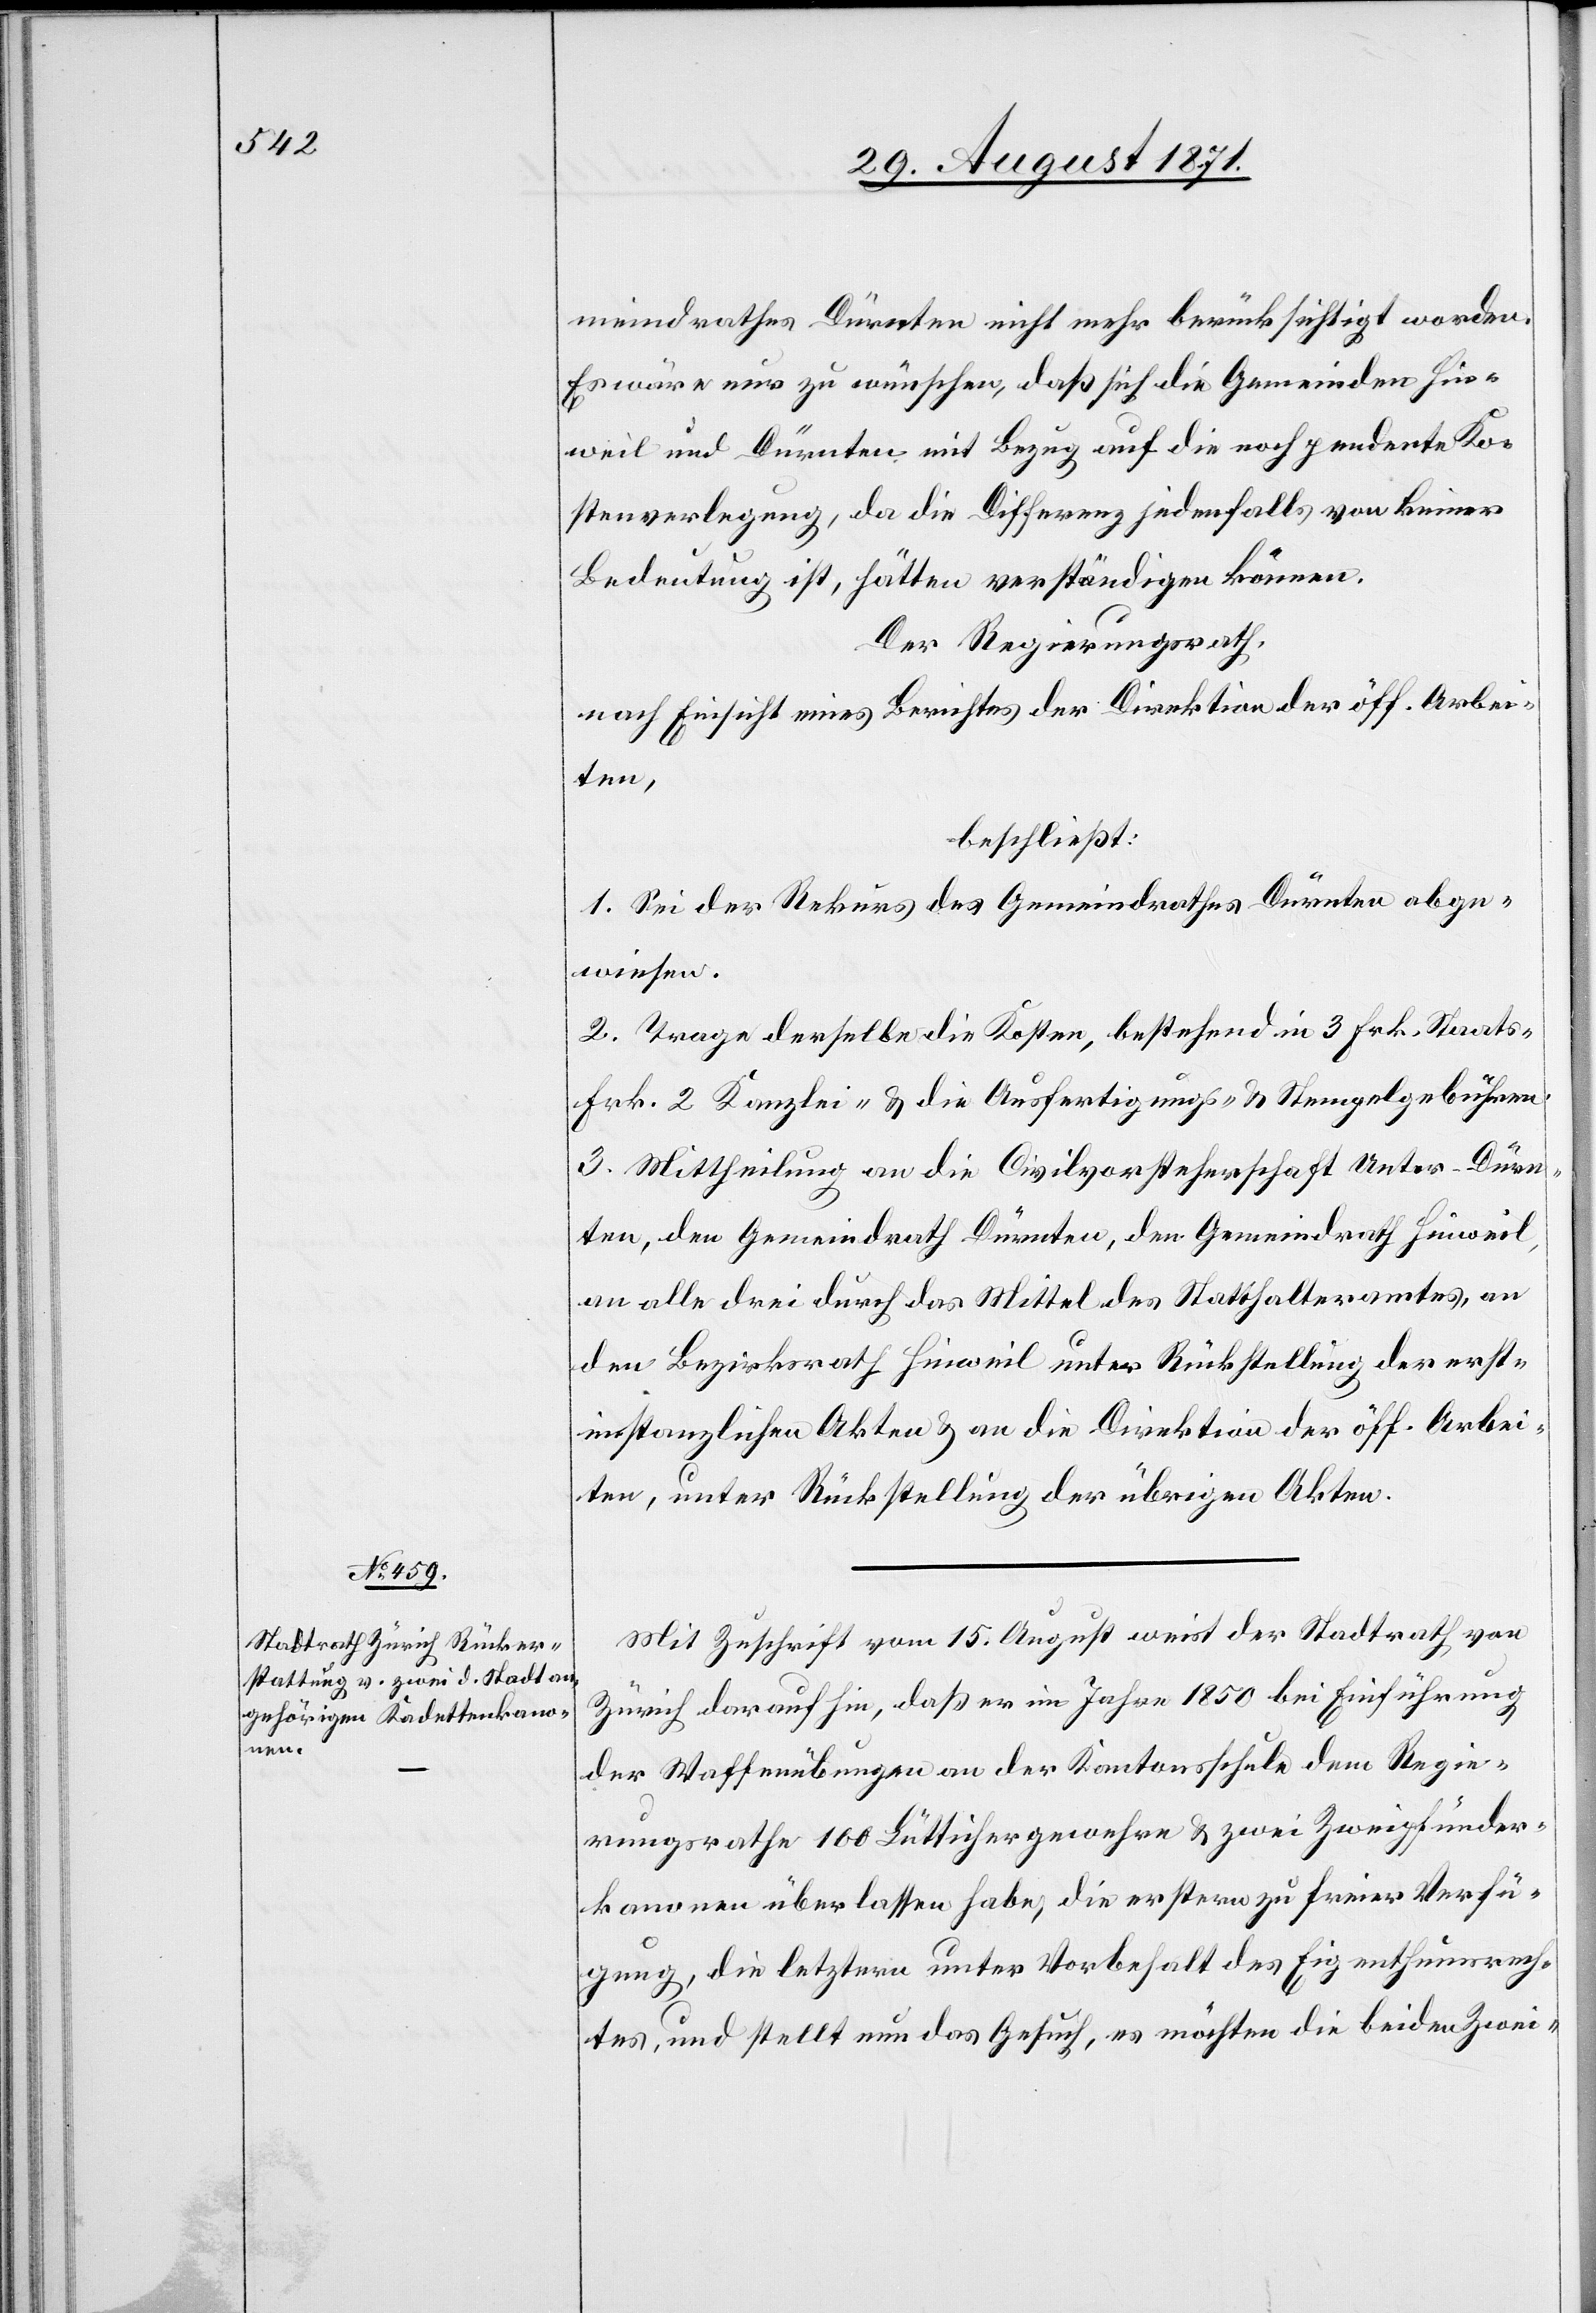
meindrathes Dürnten nicht mehr berücksichtigt worden.
Es wäre nur zu wünschen, daß sich die Gemeinden Hin¬
weil und Dürnten mit Bezug auf die noch pendente Ko¬
stenverlegung, da die Differenz jedenfalls von keiner
Bedeutung ist, hätten verständigen können.
Der Regierungsrath,
nach Einsicht eines Berichtes der Direktion der öff. Arbei¬
ten,
beschließt:
1. Sei der Rekurs des Gemeindrathes Dürnten abge¬
wiesen.
2. Trage derselbe die Kosten, bestehend in 3 Frk. Staats-[,]
Frk. 2 Kanzlei- & die Ausfertigungs- & Stempelgebühren.
3. Mittheilung an die Civilvorsteherschaft Unter-Dürn¬
ten, den Gemeindrath Dürnten, den Gemeindrath Hinweil,
an alle drei durch das Mittel des Statthalteramtes, an
den Bezirksrath Hinweil unter Rückstellung der ersti¬
nstanzlichen Akten & an die Direktion der öff. Arbei¬
ten, unter Rückstellung der übrigen Akten.
Mit Zuschrift vom 15. August weist der Stadtrath von
Zürich darauf hin, daß er im Jahre 1850 bei Einführung
der Waffenübungen an der Kantonsschule dem Regie¬
rungsrathe 100 Lüttichergewehre & zwei Zweipfünder¬
kanonen überlassen habe, die ersteren zu freier Verfü¬
gung, die letzteren unter Vorbehalt des Eigenthumsrech¬
tes, und stellt nun das Gesuch, es möchten die beiden Zwei-